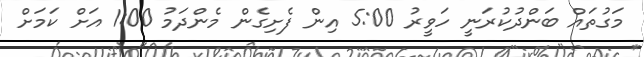
މަގުތައް ބަންދުކުރަނީ ހަވީރު 5:00 އިން ފެށިގެން މެންދަމު 1:00 އަށް ކަމަށް